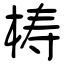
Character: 梼